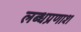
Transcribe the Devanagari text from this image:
लब्धप्रणाश